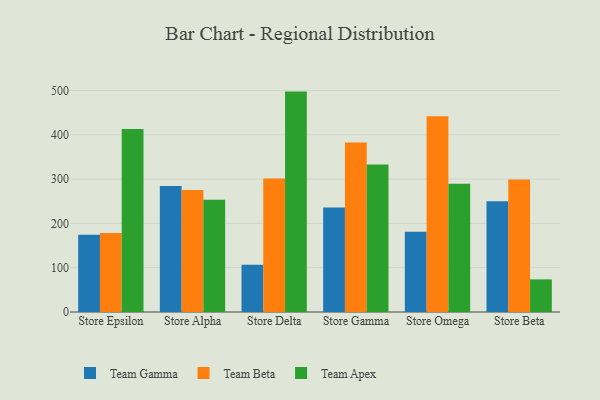
{"axis": {"x": "Store", "y": "Inventory Turnover"}, "legend": ["Team Apex", "Team Beta", "Team Gamma"], "data": [{"x": "Store Epsilon", "y": 174.4, "type": "Team Gamma"}, {"x": "Store Epsilon", "y": 178.1, "type": "Team Beta"}, {"x": "Store Epsilon", "y": 412.8, "type": "Team Apex"}, {"x": "Store Alpha", "y": 284.2, "type": "Team Gamma"}, {"x": "Store Alpha", "y": 275.4, "type": "Team Beta"}, {"x": "Store Alpha", "y": 253.1, "type": "Team Apex"}, {"x": "Store Delta", "y": 106.4, "type": "Team Gamma"}, {"x": "Store Delta", "y": 301.1, "type": "Team Beta"}, {"x": "Store Delta", "y": 497.5, "type": "Team Apex"}, {"x": "Store Gamma", "y": 236.0, "type": "Team Gamma"}, {"x": "Store Gamma", "y": 382.8, "type": "Team Beta"}, {"x": "Store Gamma", "y": 333.1, "type": "Team Apex"}, {"x": "Store Omega", "y": 181.1, "type": "Team Gamma"}, {"x": "Store Omega", "y": 441.6, "type": "Team Beta"}, {"x": "Store Omega", "y": 289.7, "type": "Team Apex"}, {"x": "Store Beta", "y": 249.9, "type": "Team Gamma"}, {"x": "Store Beta", "y": 298.9, "type": "Team Beta"}, {"x": "Store Beta", "y": 73.6, "type": "Team Apex"}]}